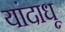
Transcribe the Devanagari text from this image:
यांदाधू